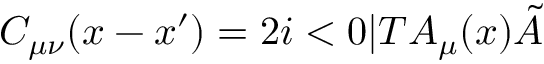
C _ { \mu \nu } ( x - x ^ { \prime } ) = 2 i < 0 | T { \cal A } _ { \mu } ( x ) \tilde { { \cal A } }